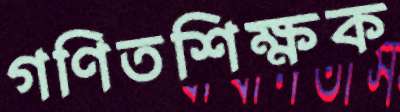
গণিতশিক্ষক